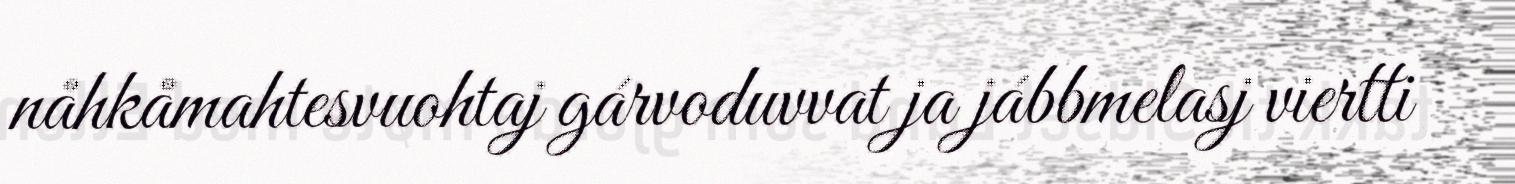
nåhkåmahtesvuohtaj gárvoduvvat ja jábbmelasj viertti